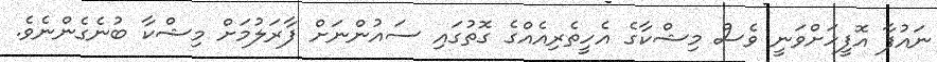
ނައުފާ އޮފީހަށްވަނީ ވެސް މިޝްކާގެ އެހީތެރިއެއްގެ ގޮތުގައި ސައުންނަށް ފާރަލުމަށް މިޝްކާ ބުނެގެންނެވެ.